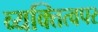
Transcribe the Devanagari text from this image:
व्यक्तित्वपर